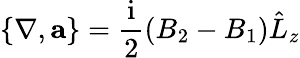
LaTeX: \{ \nabla,\mathbf{a}\} =\frac{\mathrm{i}}{2}(B_{2}-B_{1})\hat{L}_{z}